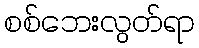
စစ်ဘေးလွတ်ရာ